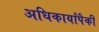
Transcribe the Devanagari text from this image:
अधिकार्यांपैकी